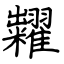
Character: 糶